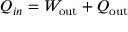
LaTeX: Q _ { i n } = W _ { \mathrm { { o u t } } } + Q _ { \mathrm { { o u t } } }